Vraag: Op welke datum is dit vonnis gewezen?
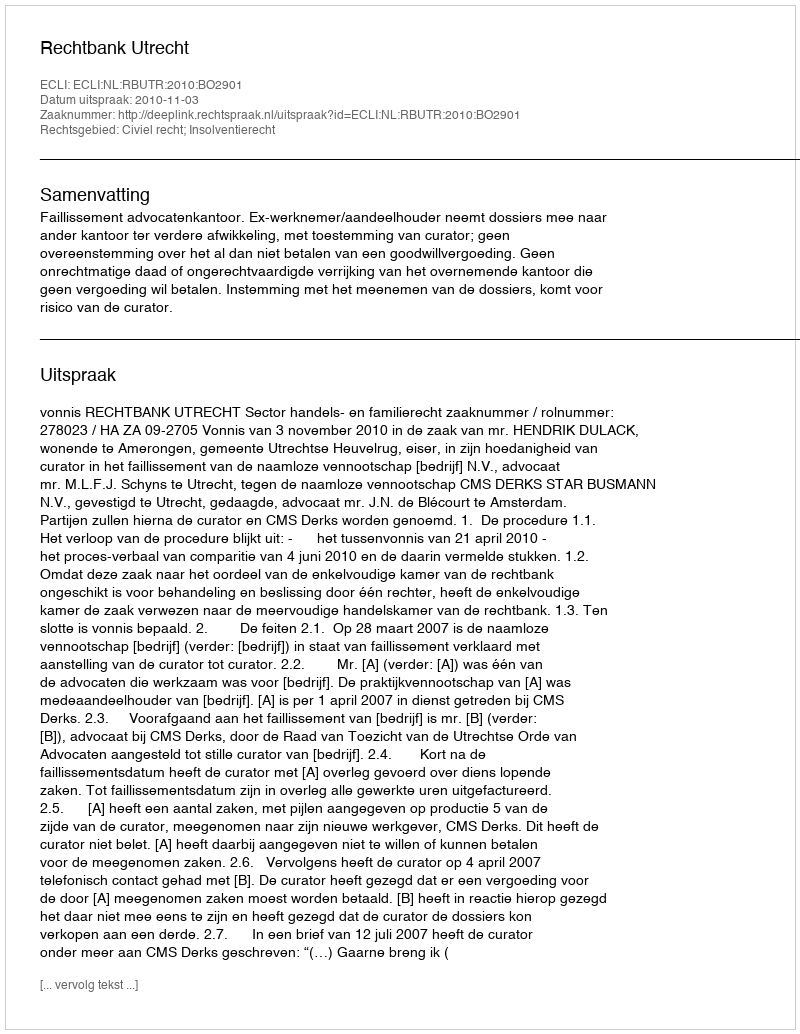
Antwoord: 2010-11-03